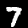
Digit: 7